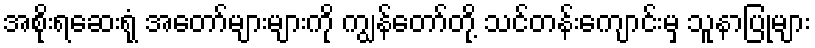
အစိုးရဆေးရုံ အတော်များများကို ကျွန်တော်တို့ သင်တန်းကျောင်းမှ သူနာပြုများ